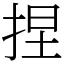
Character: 捏